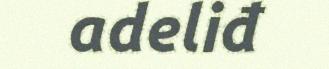
adeliđ